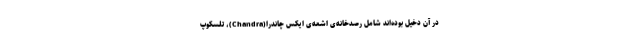
در آن دخیل بوده‌اند شامل رصدخانه‌ی اشعه‌ی ایکس چاندرا(Chandra)، تلسکوپ